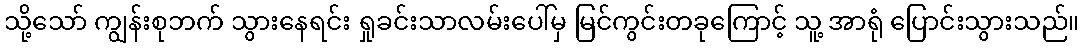
သို့သော် ကျွန်းစုဘက် သွားနေရင်း ရှုခင်းသာလမ်းပေါ်မှ မြင်ကွင်းတခုကြောင့် သူ့ အာရုံ ပြောင်းသွားသည်။